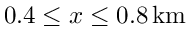
0 . 4 \leq x \leq 0 . 8 \, \mathrm { k m }